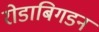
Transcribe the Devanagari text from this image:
रोडाबिगडन